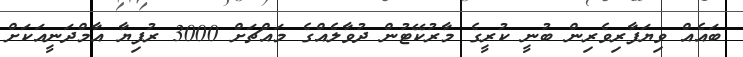
ބައެއް ވިޔަފާރިވެރިން ބުނީ ކުރީގެ މާރުކޭޓުން ދުވާލެއްގެ މައްޗަށް 3000 ރުފިޔާ އާމްދަނީއަކަށް